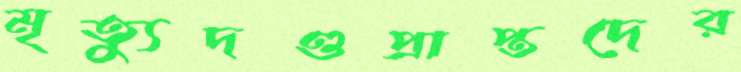
মৃত্যুদণ্ডপ্রাপ্তদের